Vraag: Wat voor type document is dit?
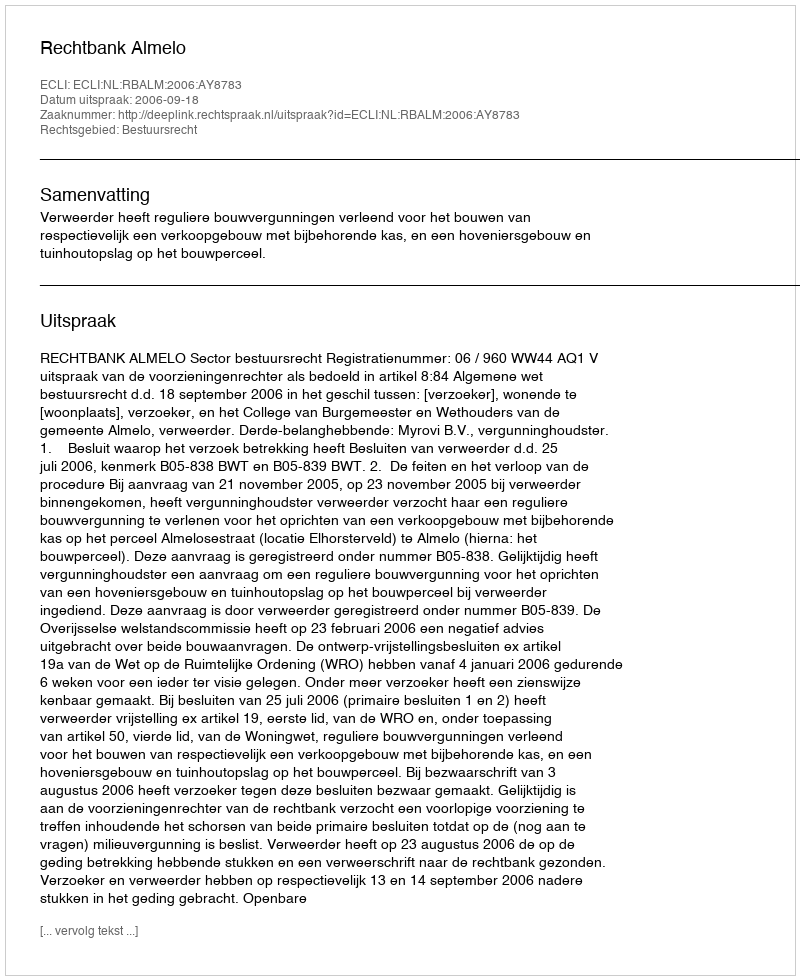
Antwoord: Uitspraak